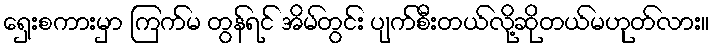
ရှေးစကားမှာ ကြက်မ တွန်ရင် အိမ်တွင်း ပျက်စီးတယ်လို့ဆိုတယ်မဟုတ်လား။